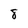
Character: 8